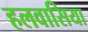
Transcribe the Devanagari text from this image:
हलवासिया